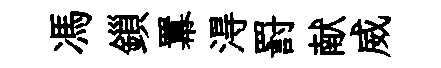
馮鎻羃淂罸献威